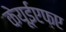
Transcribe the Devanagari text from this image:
केयूईएफ़ए